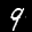
Label: 9